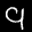
Label: 9